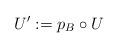
LaTeX: \begin{align*}U' : = p_B \circ U \end{align*}